Report on sanitation, dispensaries, and jails in Rajputana for 1918, and on vaccination for the year 1918-1919 - 1918-1919
Year: 1918
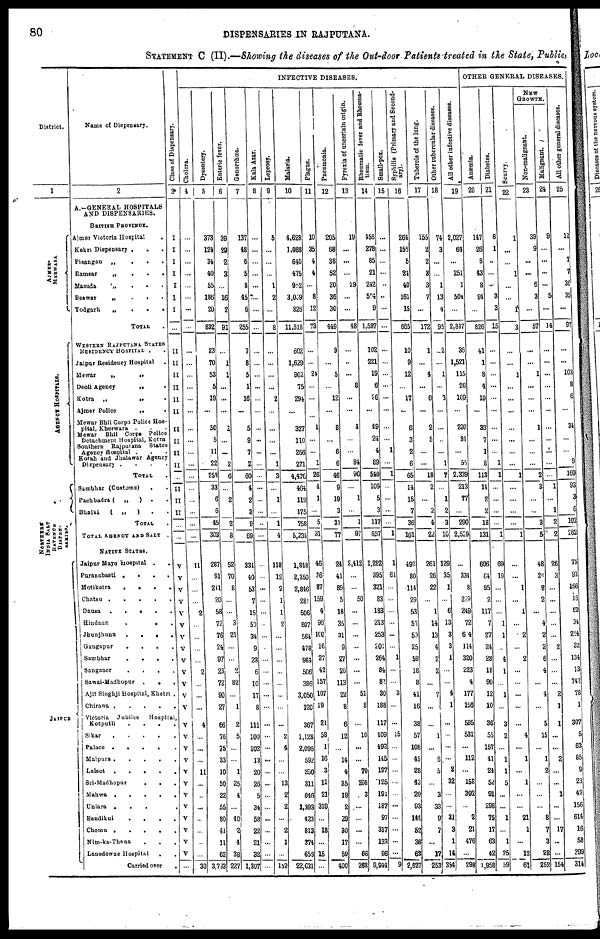
80
DISPENSARIES IN RAJPUTANA.
STATEMENT C (II).—Showing the diseases of the Out-door Patients treated in the State, Public,
District.
1
AJMER¬
MERWARA
AGENCY HOSPITALS.
NORTHERN
INDIA SALT
REVENUE
DISPEN¬
SARIES.
JAIPUR
Name of Dispensary.
2
A.—GENERAL HOSPITALS
AND DISPENSARIES.
BRITISH PROVINCE.
Ajmer Victoria Hospital .
Kekri Dispensary ...
Pisangan
„
...
Ramsar
„
...
Masuda
„ ...
Beawar
„
...
Todgarh
„
...
TOTAL .
WESTERN RAJPUTANA STATES
RESIDENCY HOSPITAL ..
Jaipur Residency Hospital .
Mewar
„
„
„
Deoli Agency
„
.
Kotra
„
„
.
Ajmer Police
„
.
Mewar Bhil Corps Police Hos-
pital, Kherwara ...
Mewar Bhil Corps Police
Detachment Hospital, Kotra
Southern Rajputana States
Agency Hospital ...
Kotah and Jhalawar Agency
Dispensary
....
TOTAL .
Sambhar (Customs) ..
Pachbadra (
„
) ..
Bhalki
(
„
) ..
TOTAL .
TOTAL AGENCY AND SALT .
NATIVE STATES.
Jaipur Mayo Hospital ..
Puranabasti
....
Motikatra
....
Chatsu
.....
Dausa
.....
Hindaun
....
Jhunjhunu
....
Gangapur
....
Sambhar
....
Sanganer
....
Sawai-Madhopur
...
Ajit Singhji Hospital, Khetri .
Chirawa
.....
Victoria Jubilee Hospital,
Kotputli
....
Sikar
.....
Palace
.....
Malpura
.....
Lalsot
.....
Sri-Madhopur
...
Mahwa
.....
Uniara
.....
Bandikui
....
Chomu
.....
Nim-ka-Thana ...
Lansdowne Hospital ..
Carried over .
Class of Dispensary.
3
I
I
I
I
I
I
I
...
II
II
II
II
II
II
II
II
II
II
...
II
II
II
...
...
V
V
V
V
V
V
V
V
V
V
V
V
V
V
V
V
V
V
V
V
V
V
V
V
V
...
INFECTIVE DISEASES.
Cholera.
4
...
...
...
...
...
...
...
...
...
...
...
...
...
...
...
...
...
...
...
...
...
...
...
...
11
...
...
...
2
...
...
...
...
2
...
...
...
4
...
...
...
11
...
...
...
...
...
...
...
30
Dysentery.
5
373
124
34
40
55
186
20
832
23
70
53
5
19
...
50
5
11
22
258
33
6
6
45
303
287
91
241
20
58
72
76
24
97
23
72
90
27
66
76
75
33
10
50
22
55
80
41
11
62
3,733
Enteric fever.
6
39
29
2
3
...
16
2
91
...
1
1
...
...
...
...
...
2
6
...
2
2
8
52
70
8
...
...
3
21
...
...
2
82
...
1
2
5
...
...
1
25
4
...
40
2
4
38
227
Gonorrhœa.
7
137
48
6
5
8
45
6
255
7
8
5
1
16
...
5
9
7
2
60
4
2
3
9
69
331
40
53
7
15
50
34
9
23
6
10
17
8
111
100
102
13
20
26
5
34
58
22
21
32
1,307
Kala Azar.
8
...
...
...
...
...
...
...
...
...
...
...
...
...
...
...
...
...
...
...
...
...
...
...
...
...
...
...
...
...
...
...
...
...
...
...
...
...
...
...
...
...
...
...
...
...
...
...
...
...
...
Leprosy.
9
5
...
...
...
1
2
...
8
...
...
...
...
2
...
...
...
...
1
3
...
1
...
1
4
118
12
2
1
1
2
...
...
...
...
...
...
...
...
2
4
...
...
13
2
2
...
2
1
...
152
Malaria.
10
4,628
1,088
640
475
952
3,069
826
11,618
602
1,629
902
75
294
...
327
110
266
271
4,476
464
119
175
758
5,234
1,848
2,350
2,846
281
506
807
564
478
984
506
386
3,050
120
367
1,128
2,096
592
250
311
646
1,393
423
813
374
656
22,631
Plague.
11
10
35
4
4
...
8
12
73
...
...
24
...
...
...
1
...
...
1
26
4
1
...
5
31
46
36
87
159
4
96
100
16
27
42
157
107
19
21
58
1
16
3
11
21
319
...
18
...
15
...
Pneumonia.
12
205
68
38
52
20
36
30
449
9
...
5
...
12
...
8
...
6
6
46
9
19
3
31
77
24
41
89
5
18
35
31
9
27
20
113
22
8
6
12
...
14
4
35
19
2
29
30
17
59
400
Pyrexia of uncertain origin.
13
19
...
...
...
29
...
...
48
...
...
...
6
...
...
4
...
...
84
96
...
1
...
1
97
2,412
...
...
50
...
...
...
...
...
...
...
51
8
...
10
...
...
70
208
3
...
...
...
...
66
268
Rheumatic fever and Rheuma-
tism.
14
458
278
85
21
242
594
9
1,597
102
221
19
6
26
...
49
24
4
89
540
109
5
3
117
657
1,282
395
321
83
183
213
253
201
264
84
82
30
188
117
409
492
145
197
125
191
187
97
317
133
96
9,944
Small-pox.
15
...
...
...
...
...
...
...
...
...
...
...
...
...
...
...
1
...
1
...
...
...
...
1
1
61
...
...
...
...
...
...
1
...
...
3
...
...
15
...
...
...
...
...
...
...
...
...
...
9
Syphilis (Primary and Second-
ary).
16
264
156
5
24
40
161
15
665
10
9
12
...
17
...
6
3
2
6
65
14
15
7
36
101
492
80
114
29
53
53
53
25
59
18
8
41
16
38
57
108
45
28
43
20
93
144
52
36
63
2,627
Tubercle of the lung.
17
155
2
2
3
3
7
...
172
1
...
4
...
6
...
2
5
...
...
18
2
...
2
4
22
261
26
22
...
1
14
13
4
2
2
...
7
...
...
1
...
6
5
...
3
33
9
7
...
17
253
Other tubercular diseases.
18
74
3
...
...
1
13
4
95
2
...
1
...
3
...
...
...
1
7
...
1
2
3
10
129
35
1
...
6
13
3
3
1
...
...
4
1
...
...
...
...
2
32
...
...
31
3
1
14
354
All other infective diseases.
19
2,027
64
...
251
1
504
...
2,847
36
1,521
115
26
109
...
293
84
...
55
2,339
213
77
...
290
2,529
...
334
8
229
249
72
604
114
320
223
4
177
156
595
531
...
112
...
158
302
...
2
21
476
...
298
OTHER GENERAL DISEASES.
Anæmia.
20
147
26
8
43
8
94
...
826
41
1
8
4
10
...
33
7
1
8
113
14
2
2
18
131
606
64
95
2
117
7
27
24
28
18
90
12
10
36
55
157
41
24
52
91
298
75
17
63
42
1,958
Diabetes.
21
8
1
...
...
...
3
3
15
...
...
...
...
...
...
...
...
...
1
1
...
...
...
...
1
69
19
...
...
...
1
1
...
4
1
...
1
...
3
2
...
1
1
5
...
...
1
...
1
25
59
Scurvy.
22
1
...
...
1
...
...
1
3
...
...
1
...
...
...
...
...
...
...
1
...
...
...
...
1
...
...
1
...
1
...
2
...
2
...
...
...
...
...
4
...
1
...
1
...
...
21
1
...
12
61
NEW
GROWTH.
Non-malignant.
23
39
9
...
...
6
3
...
57
...
...
1
...
...
...
1
...
...
...
2
3
...
...
3
5
48
26
8
2
...
4
2
2
6
4
...
4
...
5
15
...
1
2
...
...
...
8
7
3
28
252
Malignant.
24
9
...
...
...
...
5
...
14
...
...
...
...
...
...
...
...
...
...
...
1
...
1
2
2
26
3
...
...
...
...
...
2
...
...
...
2
1
1
...
...
2
...
...
1
...
...
17
...
...
154
All other general diseases.
25
12
...
7
7
36
35
...
97
...
...
103
8
6
...
34
...
...
9
160
93
3
6
102
262
75
93
166
16
60
34
214
32
134
13
742
78
1
307
5
63
85
9
23
42
156
614
16
58
399
314